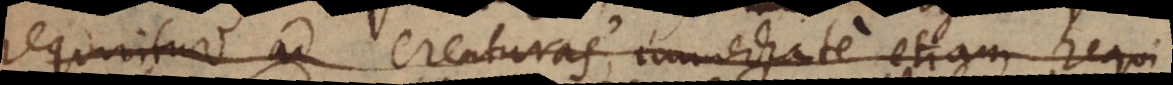
requiritur ad creaturas, immediate etiam requi